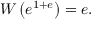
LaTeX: W \left( e ^ { 1 + e } \right) = e .